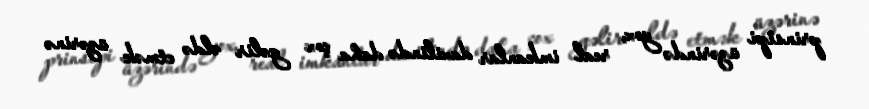
prinsipi üzərində yox, real imkanlar daxilində daha çox gəlir əldə etmək üzərinə